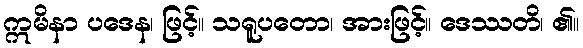
ဣမိနာ ပဒေန၊ ဖြင့်။ သရူပတော၊ အားဖြင့်။ ဒေဿတိ၊ ၏။